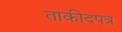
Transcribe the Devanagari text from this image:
ताकीदपत्र